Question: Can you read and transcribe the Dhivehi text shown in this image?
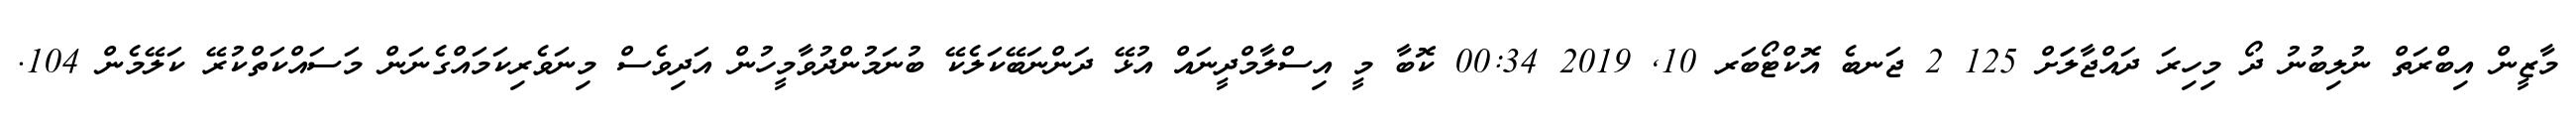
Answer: މާޒީން އިބްރަތް ނުލިބުނު ދޯ މިހިރަ ދައްޖާލަަށް 125 2 ޖަނބެ އޮކްޓޯބަރ 10, 2019 00:34 ކޮބާ މީ އިސްލާމްދީނައް އުޅޭ ދަންނަބޭކަލެކޭ ބުނަމުންދުވާމީހުން އަދިވެސް މިނަވެރިކަމައްގެނަން މަސައްކަތްކުރޭ ކަލޭމެން 104.